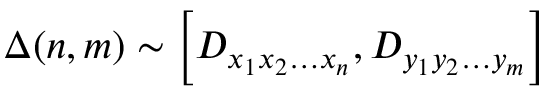
\Delta ( n , m ) \sim \left[ D _ { x _ { 1 } x _ { 2 } \ldots x _ { n } } , D _ { y _ { 1 } y _ { 2 } \ldots y _ { m } } \right]